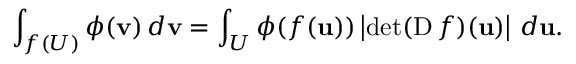
\int _ { f ( U ) } \phi ( \mathbf { v } ) \, d \mathbf { v } = \int _ { U } \phi ( f ( \mathbf { u } ) ) \left| \operatorname* { d e t } ( \operatorname { D } f ) ( \mathbf { u } ) \right| \, d \mathbf { u } .